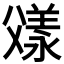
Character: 𬋼